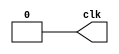
// Simple 100ps clock
module Clock(
	output reg clk
);

always begin
	clk = 1;
	#50;
	clk = 0;
	#50;
end

endmodule